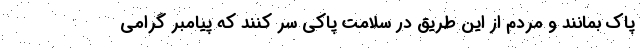
پاک بمانند و مردم از این طریق در سلامت پاکی سر کنند که پیامبر گرامی